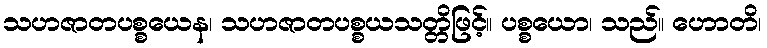
သဟဇာတပစ္စယေန၊ သဟဇာတပစ္စယသတ္တိဖြင့်။ ပစ္စယော၊ သည်။ ဟောတိ၊